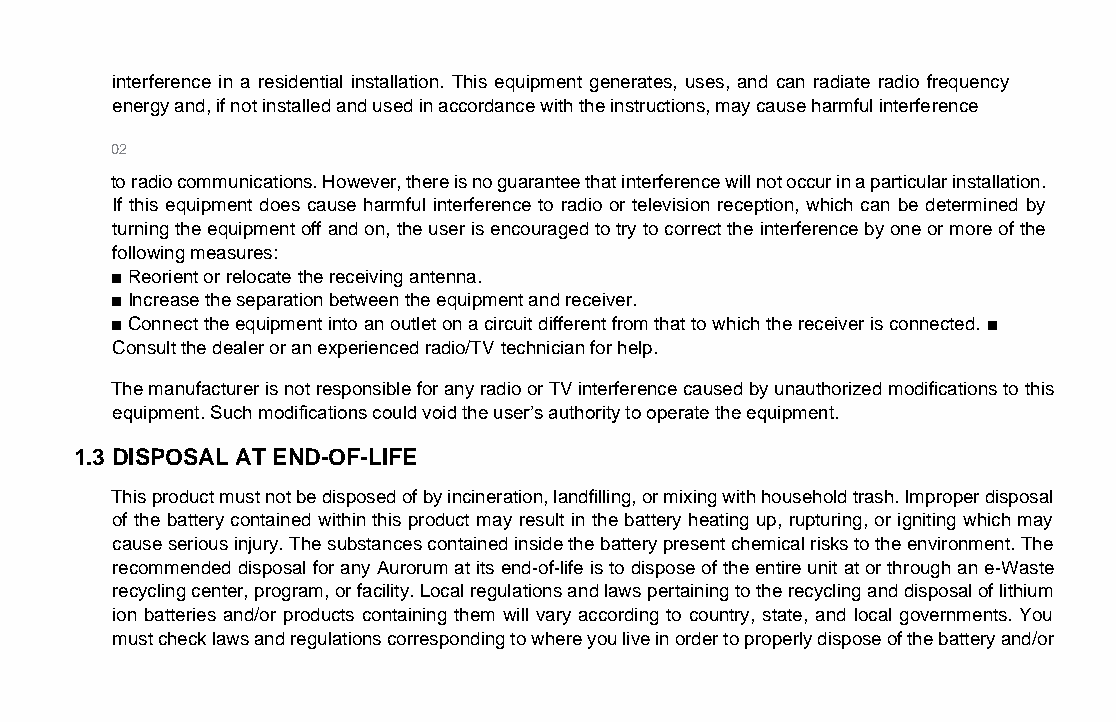
interference in a residential installation. This equipment generates, uses, and can radiate radio frequency
 energy and, if not installed and used in accordance with the instructions, may cause harmful interference
 02
 to radio communications. However, there is no guarantee that interference will not occur in a particular installation.
 If this equipment does cause harmful interference to radio or television reception, which can be determined by
 turning the equipment off and on, the user is encouraged to try to correct the interference by one or more of the
 following measures:
 ■ Reorient or relocate the receiving antenna.
 ■ Increase the separation between the equipment and receiver.
 ■ Connect the equipment into an outlet on a circuit different from that to which the receiver is connected. ■
 Consult the dealer or an experienced radio/TV technician for help.
 The manufacturer is not responsible for any radio or TV interference caused by unauthorized modifications to this
 equipment. Such modifications could void the user’s authority to operate the equipment.
 1.3 DISPOSAL AT END-OF-LIFE
 This product must not be disposed of by incineration, landfilling, or mixing with household trash. Improper disposal
 of the battery contained within this product may result in the battery heating up, rupturing, or igniting which may
 cause serious injury. The substances contained inside the battery present chemical risks to the environment. The
 recommended disposal for any Aurorum at its end-of-life is to dispose of the entire unit at or through an e-Waste
 recycling center, program, or facility. Local regulations and laws pertaining to the recycling and disposal of lithium
 ion batteries and/or products containing them will vary according to country, state, and local governments. You
 must check laws and regulations corresponding to where you live in order to properly dispose of the battery and/or